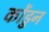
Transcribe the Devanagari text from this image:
कोंडुन